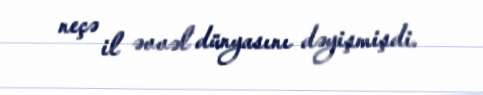
neçə il əvvəl dünyasını dəyişmişdi.